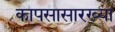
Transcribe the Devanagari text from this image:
कापसासारख्या